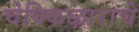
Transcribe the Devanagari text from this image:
चेक्किऴाराचे